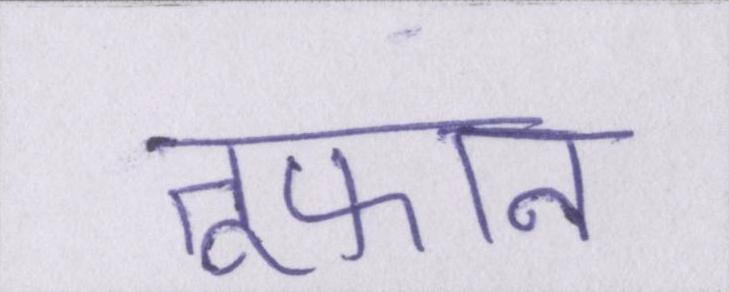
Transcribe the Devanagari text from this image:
तूफान